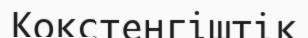
Кокстенгіштік